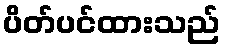
ပိတ်ပင်ထားသည်